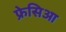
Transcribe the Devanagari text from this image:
फ्रेसिआ